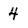
Character: 4